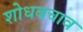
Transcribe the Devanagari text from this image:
शोधबचाव